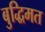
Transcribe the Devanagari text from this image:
बुद्धिमत